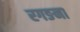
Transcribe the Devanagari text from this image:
रगङना